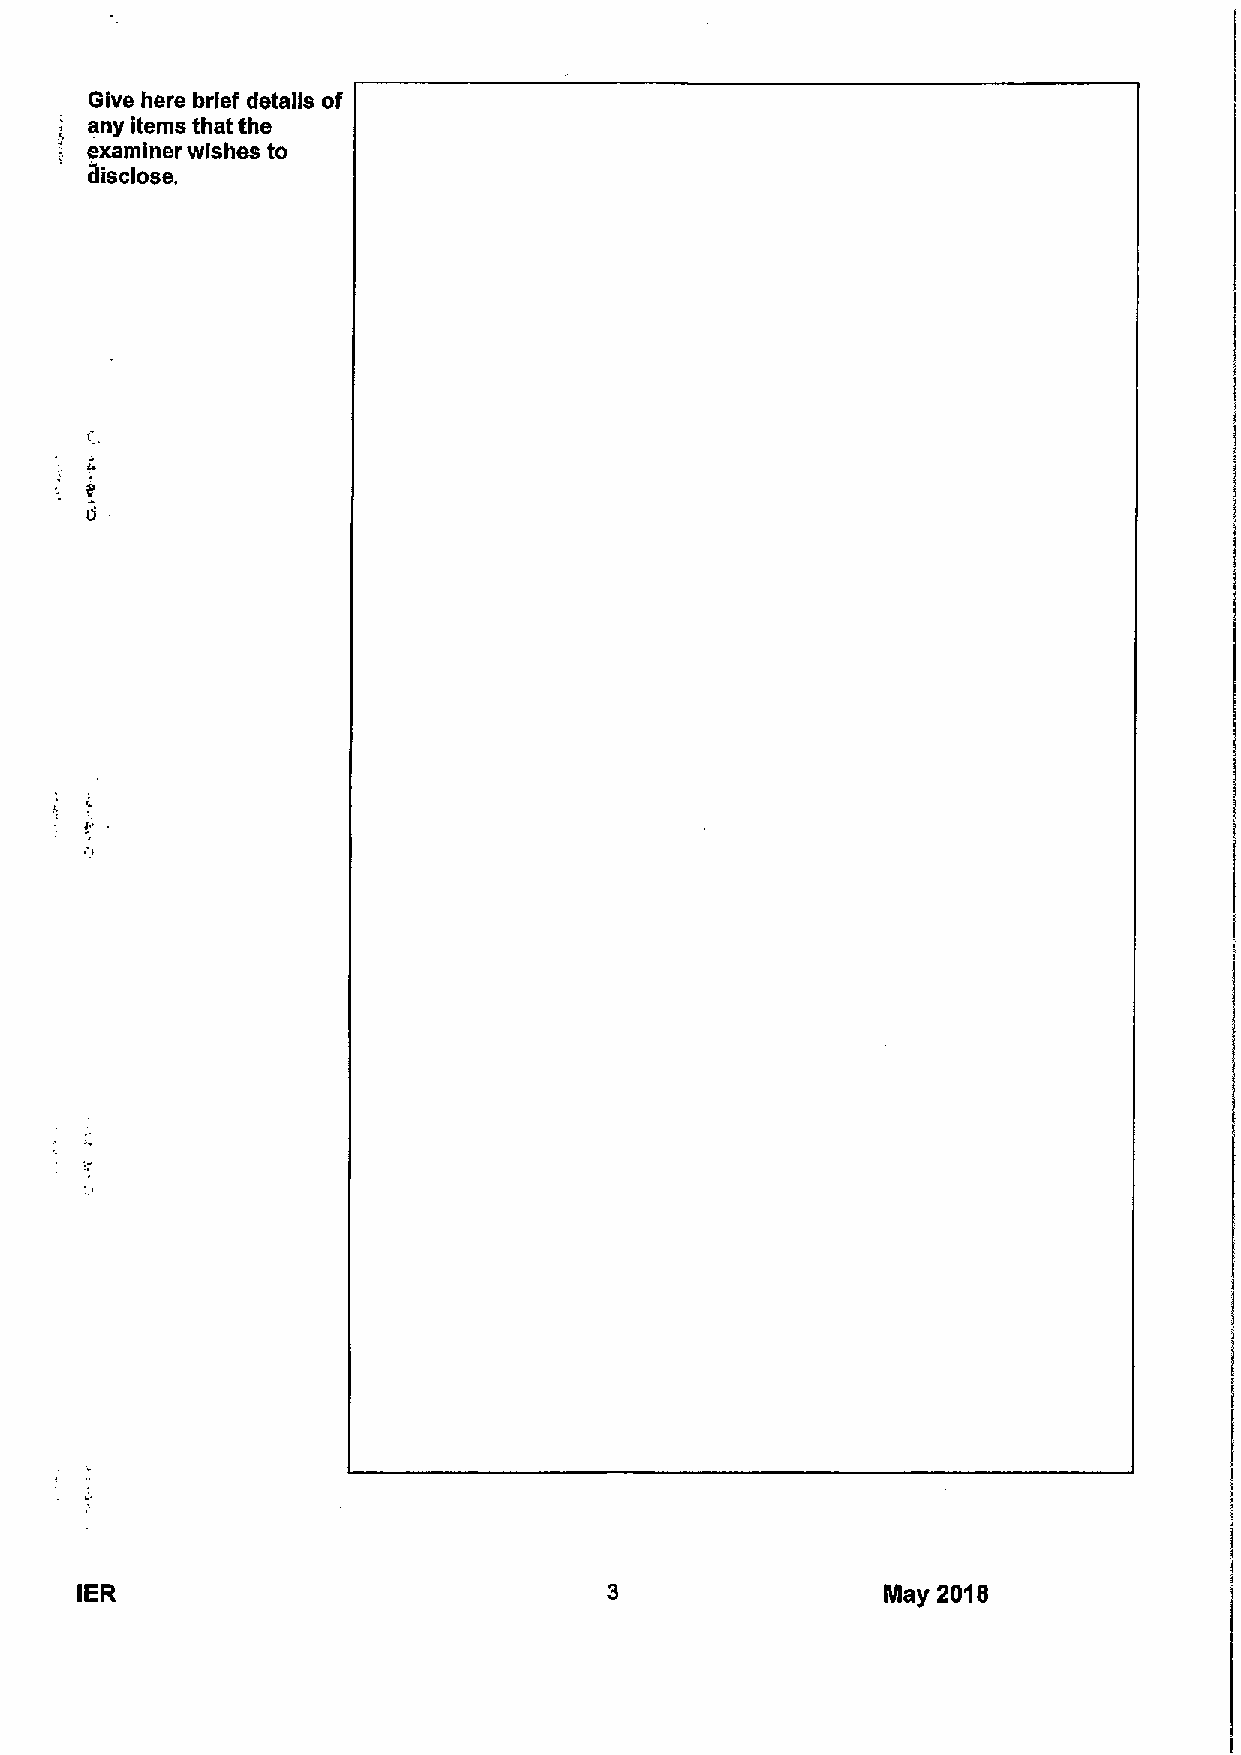
Give here brief details of
 any items that the
 examiner wishes to
 8isclose.
 IER                                                  May 2018